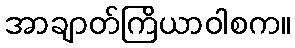
အာချာတ်ကြိယာဝါစက။